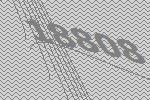
18808